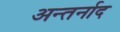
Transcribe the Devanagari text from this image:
अन्तर्नाद